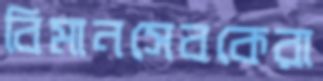
বিমানসেবকেরা